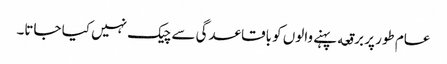
عام طور پر برقعه پہنے والوں کو باقاعدگی سے چیک نہیں کیا جاتا۔